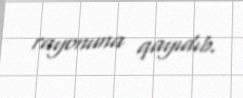
rayonuna qayıdıb.